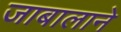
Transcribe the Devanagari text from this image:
जाबालाने